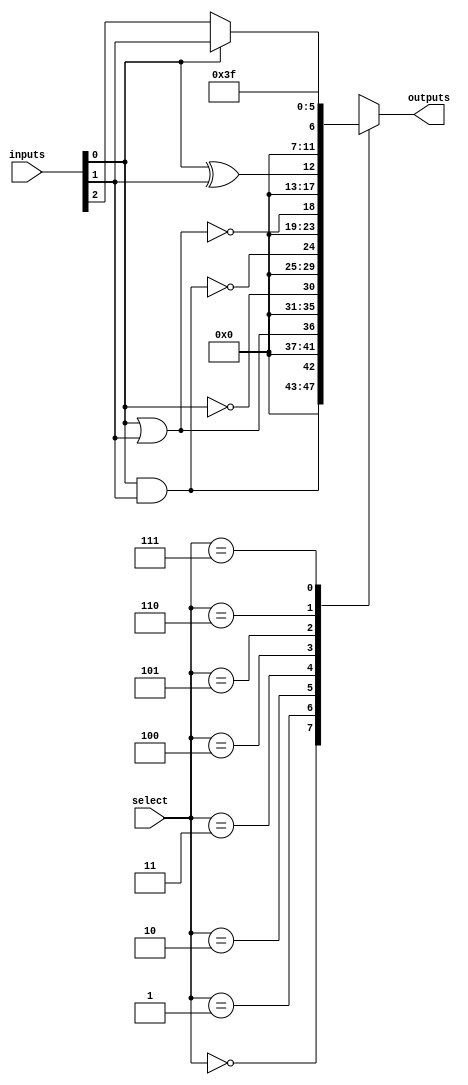
module CLB (
    input wire [5:0] inputs,  // 6-bit input
    input wire [2:0] select,   // 3-bit select for LUT
    output wire [5:0] outputs   // 6-bit output
);

// Internal signals for logic operations
wire and_out, or_out, not_out, nand_out, nor_out, xor_out;

// Basic logic gate implementations
assign and_out = inputs[0] & inputs[1];
assign or_out = inputs[0] | inputs[1];
assign not_out = ~inputs[0];
assign nand_out = ~(inputs[0] & inputs[1]);
assign nor_out = ~(inputs[0] | inputs[1]);
assign xor_out = inputs[0] ^ inputs[1];

// Lookup table (LUT) for combinational logic functionality
reg [5:0] lut_output;

always @(*) begin
    case (select)
        3'b000: lut_output = and_out;  // AND operation
        3'b001: lut_output = or_out;   // OR operation
        3'b010: lut_output = not_out;  // NOT operation
        3'b011: lut_output = nand_out;  // NAND operation
        3'b100: lut_output = nor_out;   // NOR operation
        3'b101: lut_output = xor_out;   // XOR operation
        3'b110: lut_output = inputs[0] ? inputs[1] : inputs[2]; // MUX operation
        3'b111: lut_output = 6'b111111; // Default output
        default: lut_output = 6'b000000; // Default case
    endcase
end

// Assigning LUT output to outputs
assign outputs = lut_output;

endmodule